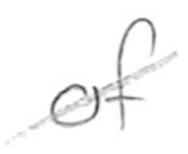
Text: of
Cross-out: diagonal
Writing tool: pencil